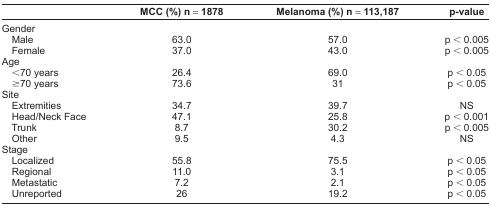
|  | MCC (%) n = 1878 | Melanoma (%) n = 113,187 | p-value |
 | --- | --- | --- | --- |
 | <COLSPAN=4> Gender |
 | Male | 63.0 | 57.0 | p < 0.005 |
 | Female | 37.0 | 43.0 | p < 0.005 |
 | <COLSPAN=4> Age |
 | <70 years | 26.4 | 69.0 | p < 0.05 |
 | ≥70 years | 73.6 | 31 | p < 0.05 |
 | <COLSPAN=4> Site |
 | Extremities | 34.7 | 39.7 | NS |
 | Head/Neck Face | 47.1 | 25.8 | p < 0.001 |
 | Trunk | 8.7 | 30.2 | p < 0.005 |
 | Other | 9.5 | 4.3 | NS |
 | <COLSPAN=4> Stage |
 | Localized | 55.8 | 75.5 | p < 0.05 |
 | Regional | 11.0 | 3.1 | p < 0.05 |
 | Metastatic | 7.2 | 2.1 | p < 0.05 |
 | Unreported | 26 | 19.2 | p < 0.05 |